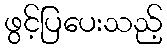
ဖွင့်ပြပေးသည့်